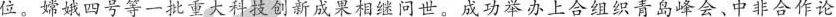
位。嫦娥四号等一批重大科技创新成果相继问世。成功举办上合组织青岛峰会、中非合作论